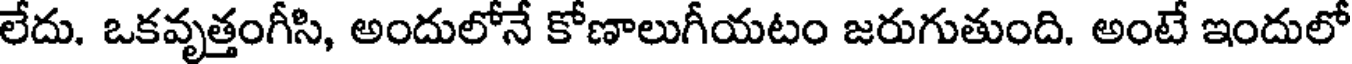
లేదు. ఒకవృత్తంగీసి, అందులోనే కోణాలుగీయటం జరుగుతుంది. అంటే ఇందులో